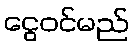
ငွေဝင်မည်